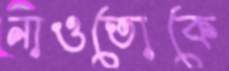
নাওতোকে